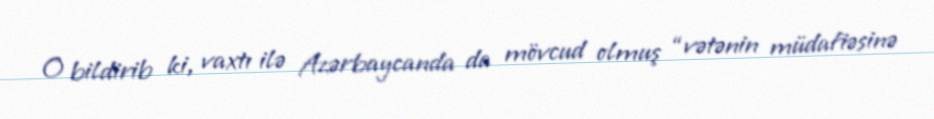
O bildirib ki, vaxtı ilə Azərbaycanda da mövcud olmuş “vətənin müdafiəsinə